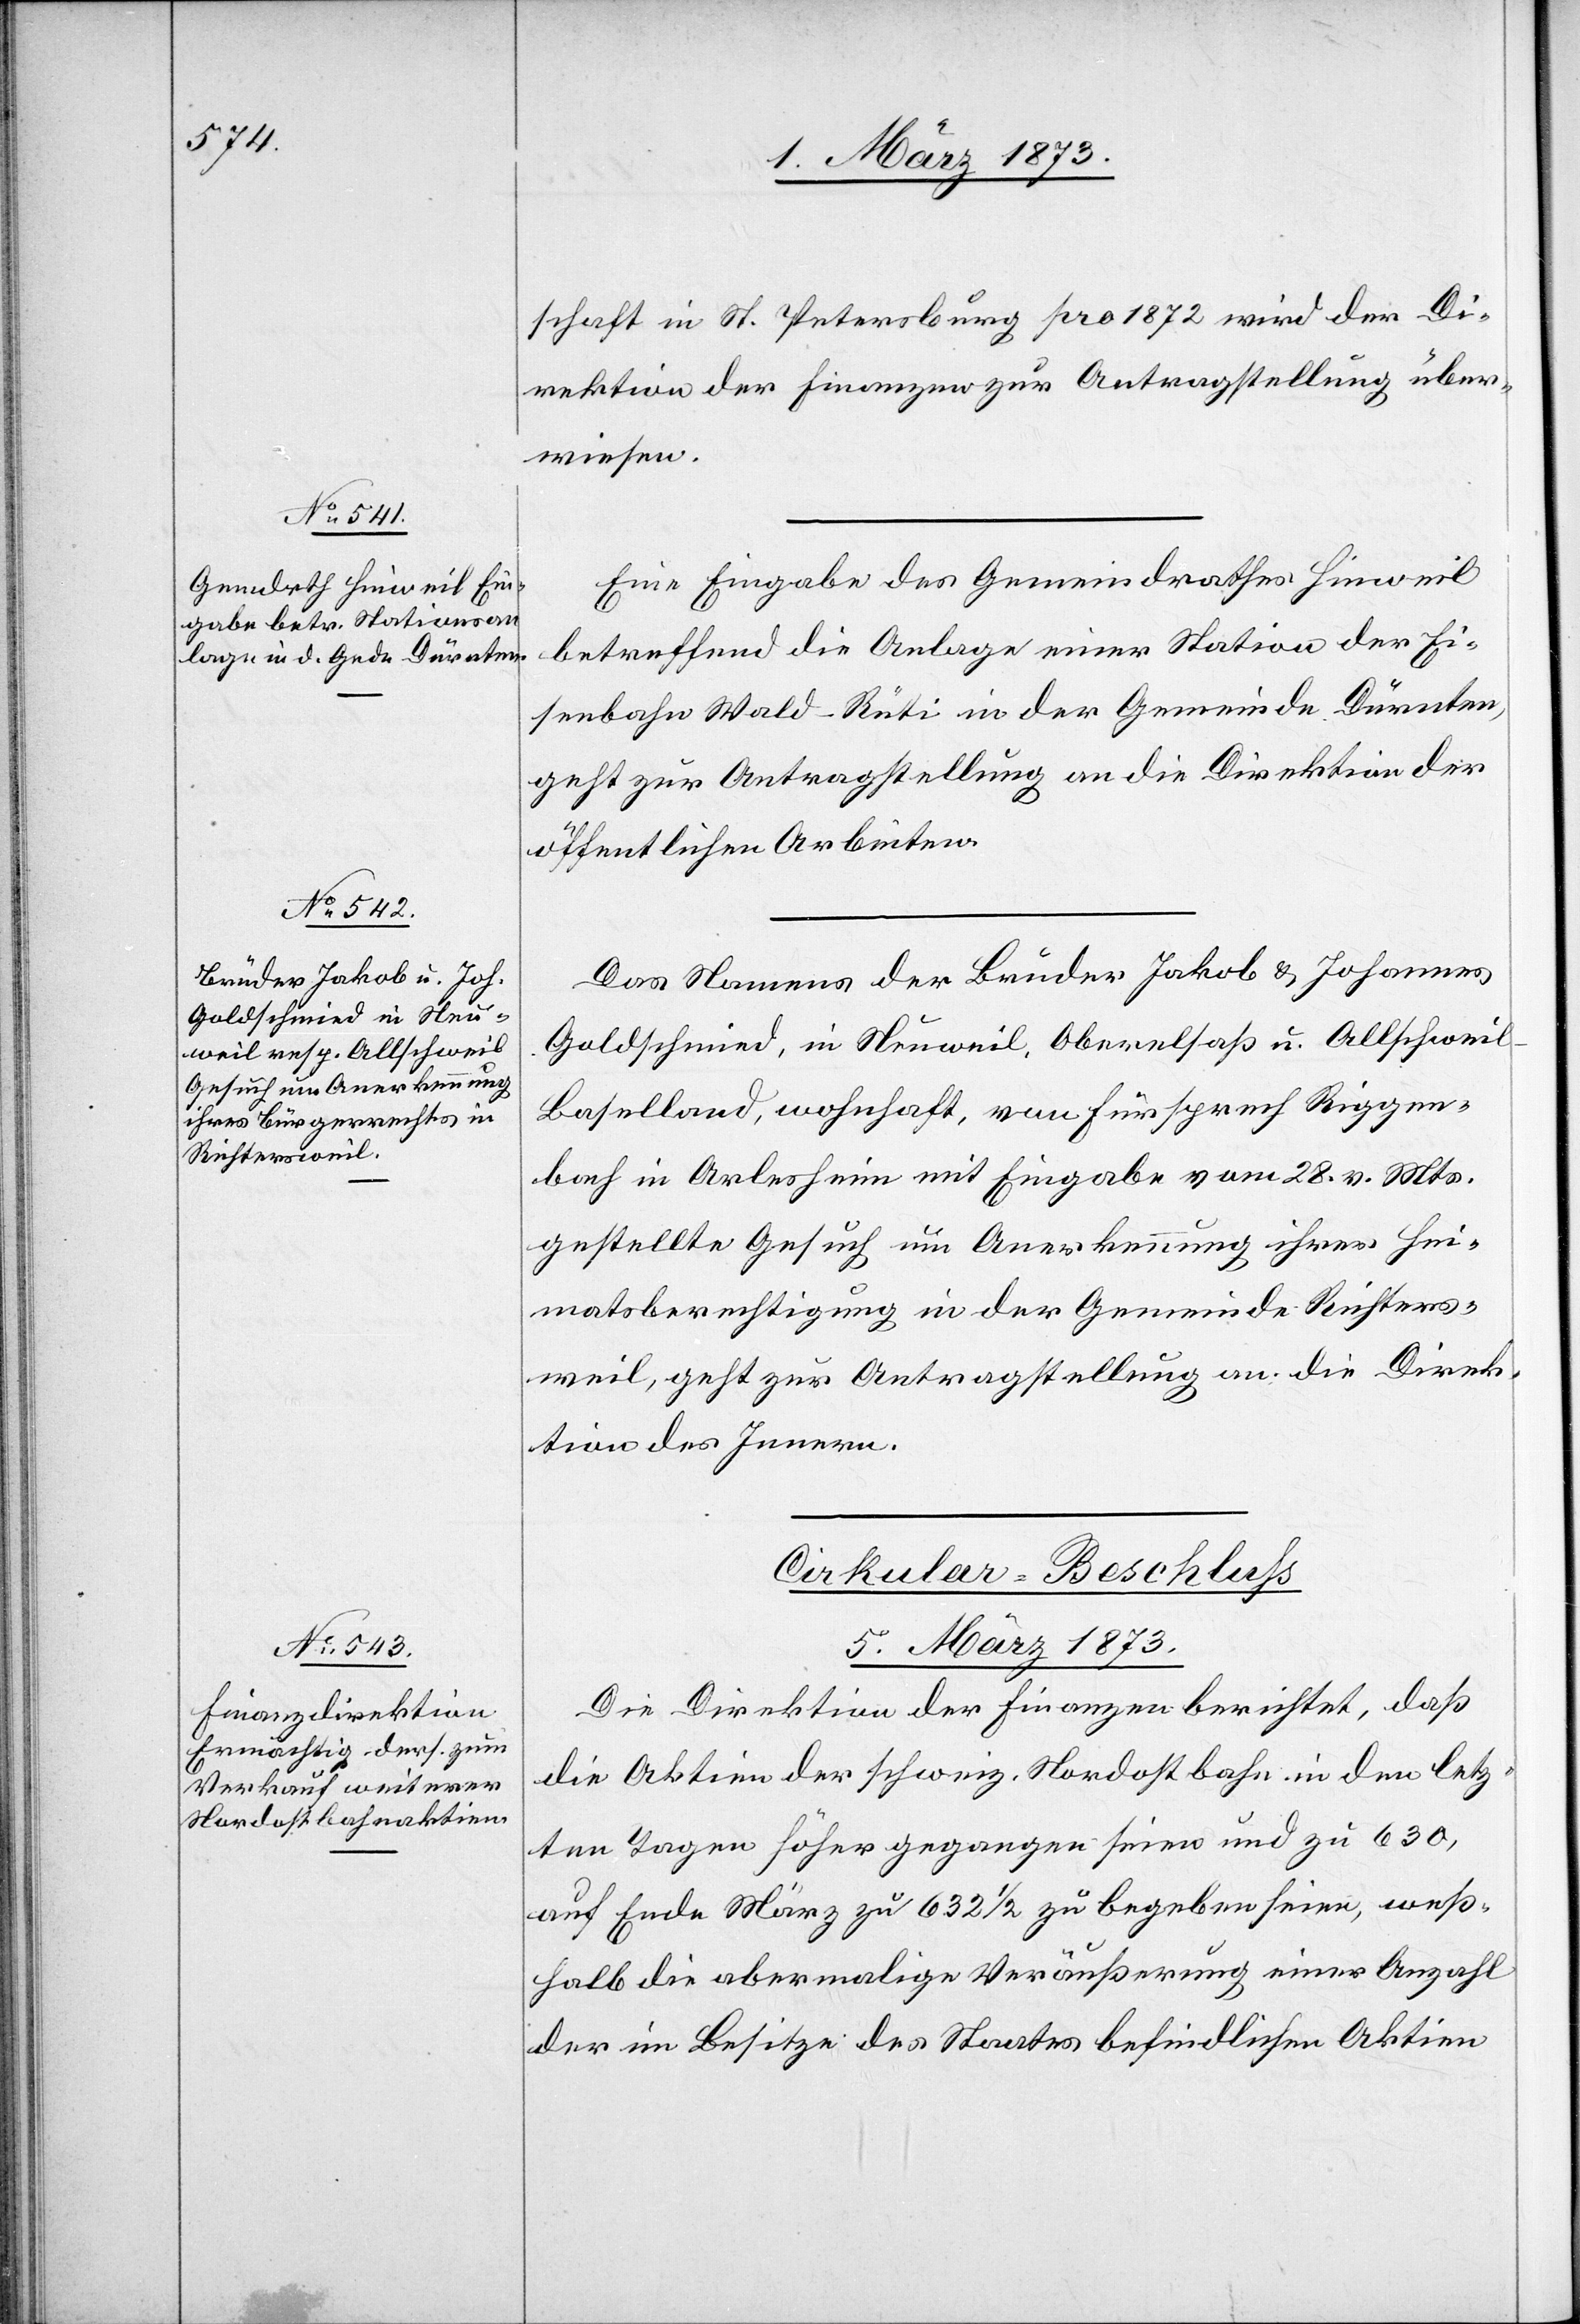
4. März 1873.]
schaft in St. Petersburg pro 1872 wird der Di¬
rektion der Finanzen zur Antragstellung über¬
wiesen.
Eine Eingabe des Gemeindrathes Hinweil
betreffend die Anlage einer Station der Ei¬
senbahn Wald–Rüti in der Gemeinde Dürnten,
geht zur Antragstellung an die Direktion der
öffentlichen Arbeiten.
Das Namens der Brüder Jakob u. Johannes
Goldschmied, in Neuweil[er], Oberelsaß u. Allschwei¬
l-Baselland, wohnhaft, von Fürsprech Rippen¬
bach in Arlesheim mit Eingabe vom 28. v. Mts.
gestellte Gesuch um Anerkennung ihrer Hei¬
matsberechtigung in der Gemeinde Richters¬
weil, geht zur Antragstellung an die Direk¬
tion des Innern.
Cirkular-Beschluß
5. März 1873.
Die Direktion der Finanzen berichtet, daß
die Aktien der schweiz. Nordostbahn in den letz¬
ten Tagen höher gegangen seien und zu 630,
auf Ende März zu 632 1/2 zu begeben seien, weß¬
halb die abermalige Veräußerung einer Anzahl
der im Besitze des Staates befindlichen Aktien